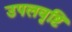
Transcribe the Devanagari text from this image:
उपलवृष्टि